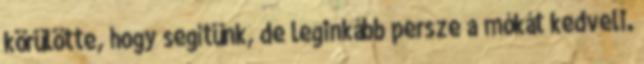
körülötte, hogy segítünk, de leginkább persze a mókát kedveli.